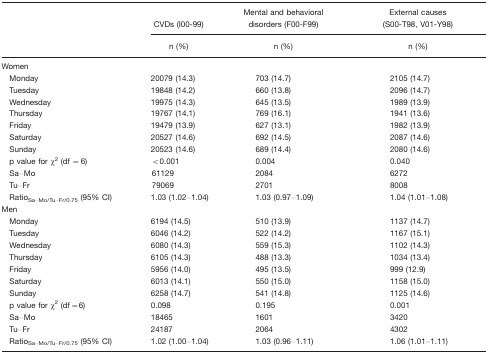
<table><thead><tr><td></td><td><b>CVDs (I00-99)</b></td><td><b>Mental and behavioral disorders (F00-F99)</b></td><td><b>External causes (S00-T98, V01-Y98)</b></td></tr><tr><td></td><td><b>n (%)</b></td><td><b>n (%)</b></td><td><b>n (%)</b></td></tr></thead><tbody><tr><td colspan="4">Women</td></tr><tr><td> Monday</td><td>20079 (14.3)</td><td>703 (14.7)</td><td>2105 (14.7)</td></tr><tr><td> Tuesday</td><td>19848 (14.2)</td><td>660 (13.8)</td><td>2096 (14.7)</td></tr><tr><td> Wednesday</td><td>19975 (14.3)</td><td>645 (13.5)</td><td>1989 (13.9)</td></tr><tr><td> Thursday</td><td>19767 (14.1)</td><td>769 (16.1)</td><td>1941 (13.6)</td></tr><tr><td> Friday</td><td>19479 (13.9)</td><td>627 (13.1)</td><td>1982 (13.9)</td></tr><tr><td> Saturday</td><td>20527 (14.6)</td><td>692 (14.5)</td><td>2087 (14.6)</td></tr><tr><td> Sunday</td><td>20523 (14.6)</td><td>689 (14.4)</td><td>2080 (14.6)</td></tr><tr><td> p value for χ<sup>2</sup> (df = 6)</td><td>&lt;0.001</td><td>0.004</td><td>0.040</td></tr><tr><td> Sa–Mo</td><td>61129</td><td>2084</td><td>6272</td></tr><tr><td> Tu–Fr</td><td>79069</td><td>2701</td><td>8008</td></tr><tr><td> Ratio<sub>Sa–Mo/Tu–Fr/0.75</sub> (95% CI)</td><td>1.03 (1.02–1.04)</td><td>1.03 (0.97–1.09)</td><td>1.04 (1.01–1.08)</td></tr><tr><td>Men</td><td></td><td></td><td></td></tr><tr><td> Monday</td><td>6194 (14.5)</td><td>510 (13.9)</td><td>1137 (14.7)</td></tr><tr><td> Tuesday</td><td>6046 (14.2)</td><td>522 (14.2)</td><td>1167 (15.1)</td></tr><tr><td> Wednesday</td><td>6080 (14.3)</td><td>559 (15.3)</td><td>1102 (14.3)</td></tr><tr><td> Thursday</td><td>6105 (14.3)</td><td>488 (13.3)</td><td>1034 (13.4)</td></tr><tr><td> Friday</td><td>5956 (14.0)</td><td>495 (13.5)</td><td>999 (12.9)</td></tr><tr><td> Saturday</td><td>6013 (14.1)</td><td>550 (15.0)</td><td>1158 (15.0)</td></tr><tr><td> Sunday</td><td>6258 (14.7)</td><td>541 (14.8)</td><td>1125 (14.6)</td></tr><tr><td> p value for χ<sup>2</sup> (df=6)</td><td>0.098</td><td>0.195</td><td>0.001</td></tr><tr><td> Sa–Mo</td><td>18465</td><td>1601</td><td>3420</td></tr><tr><td> Tu–Fr</td><td>24187</td><td>2064</td><td>4302</td></tr><tr><td> Ratio<sub>Sa–Mo/Tu–Fr/0.75</sub> (95% CI)</td><td>1.02 (1.00–1.04)</td><td>1.03 (0.96–1.11)</td><td>1.06 (1.01–1.11)</td></tr></tbody></table>